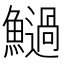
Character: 𩼣